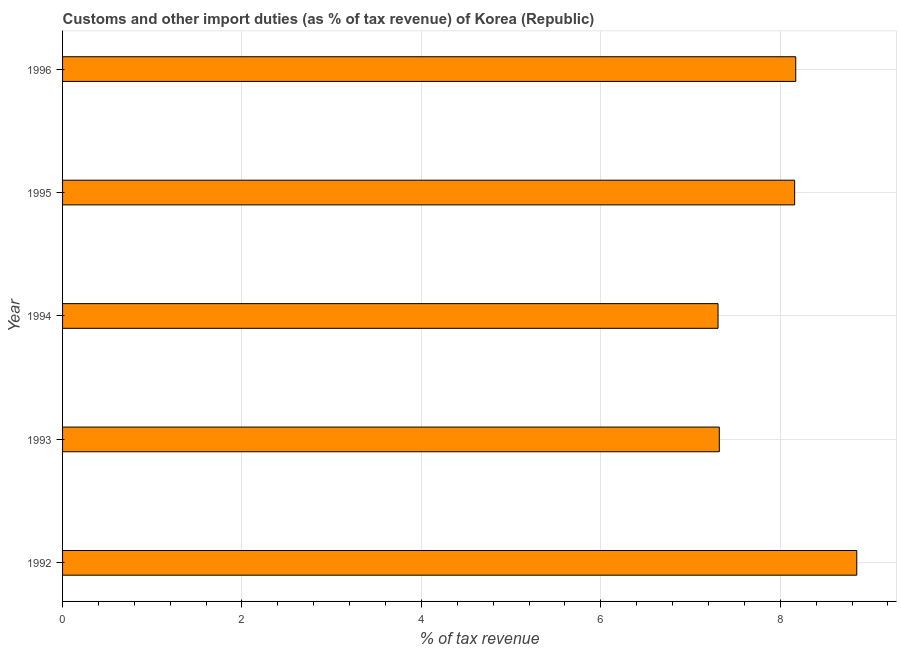
| Year | Customs and other import duties |
 | --- | --- |
 | 1992 | 8.85 |
 | 1993 | 7.32 |
 | 1994 | 7.31 |
 | 1995 | 8.16 |
 | 1996 | 8.17 |